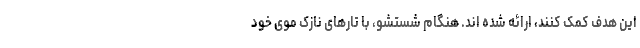
این هدف کمک کنند، ارائه شده اند. هنگام شستشو، با تارهای نازک موی خود